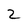
Character: 2